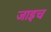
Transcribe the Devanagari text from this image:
जाइच